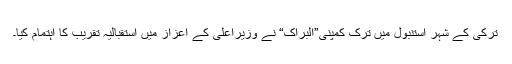
ترکی کے شہر استنبول میں ترک کمپنی”البراک“ نے وزیراعلیٰ کے اعزاز میں استقبالیہ تقریب کا اہتمام کیا۔